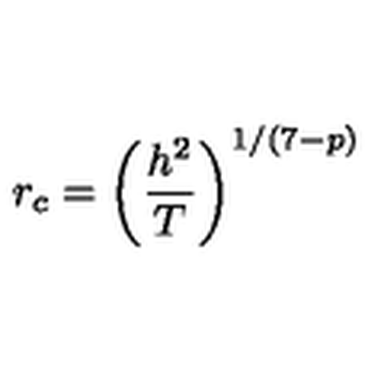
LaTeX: r _ { c } = \left( \frac { h ^ { 2 } } { T } \right) ^ { 1 / ( 7 - p ) }